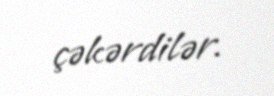
çəkərdilər.